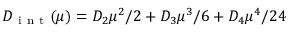
D _ { \mathrm { ~ i ~ n ~ t ~ } } ( \mu ) = D _ { 2 } \mu ^ { 2 } / 2 + D _ { 3 } \mu ^ { 3 } / 6 + D _ { 4 } \mu ^ { 4 } / 2 4